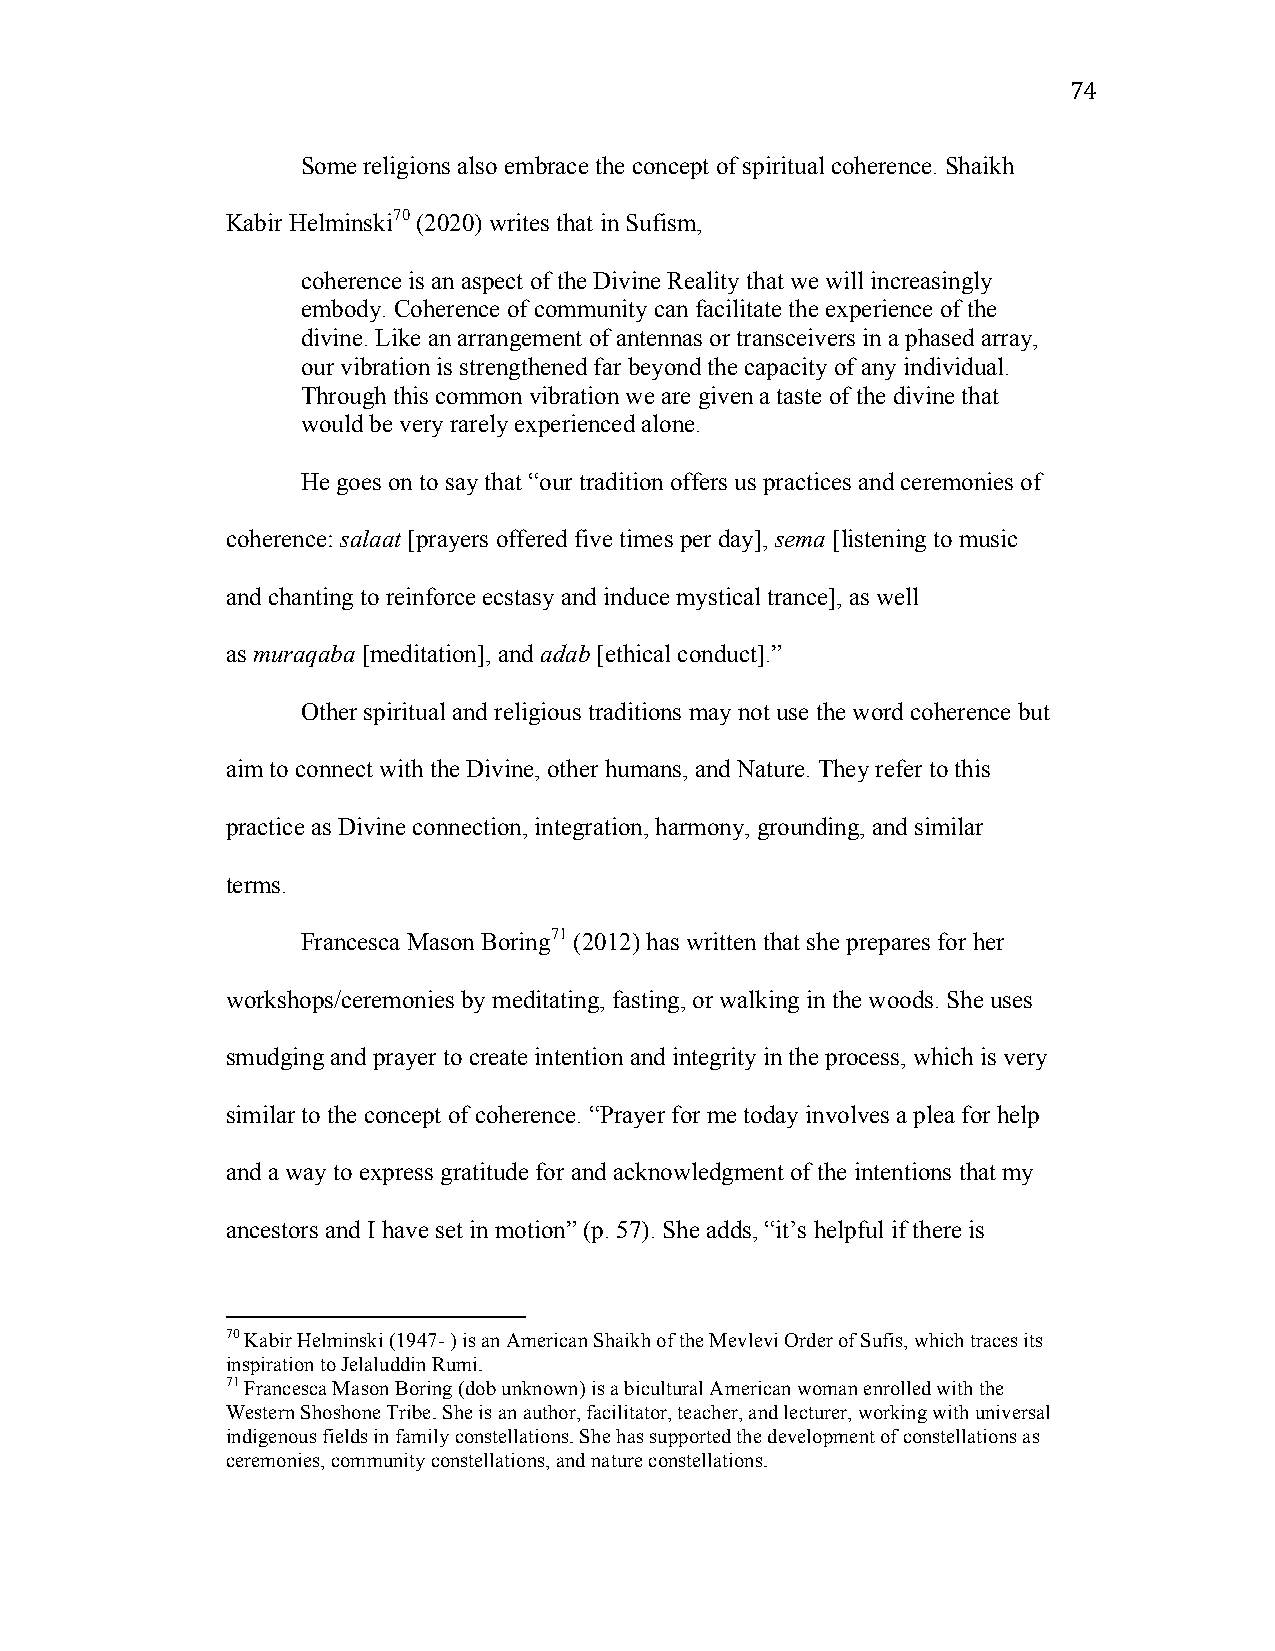
74
 Some religions also embrace the concept of spiritual coherence. Shaikh
 Kabir Helminski70 (2020) writes that in Sufism,
 coherence is an aspect of the Divine Reality that we will increasingly
 embody. Coherence of community can facilitate the experience of the
 divine. Like an arrangement of antennas or transceivers in a phased array,
 our vibration is strengthened far beyond the capacity of any individual.
 Through this common vibration we are given a taste of the divine that
 would be very rarely experienced alone.
 He goes on to say that “our tradition offers us practices and ceremonies of
 coherence: salaat [prayers offered five times per day], sema [listening to music
 and chanting to reinforce ecstasy and induce mystical trance], as well
 as muraqaba [meditation], and adab [ethical conduct].”
 Other spiritual and religious traditions may not use the word coherence but
 aim to connect with the Divine, other humans, and Nature. They refer to this
 practice as Divine connection, integration, harmony, grounding, and similar
 terms.
 Francesca Mason Boring71 (2012) has written that she prepares for her
 workshops/ceremonies by meditating, fasting, or walking in the woods. She uses
 smudging and prayer to create intention and integrity in the process, which is very
 similar to the concept of coherence. “Prayer for me today involves a plea for help
 and a way to express gratitude for and acknowledgment of the intentions that my
 ancestors and I have set in motion” (p. 57). She adds, “it’s helpful if there is
 70 Kabir Helminski (1947- ) is an American Shaikh of the Mevlevi Order of Sufis, which traces its
 inspiration to Jelaluddin Rumi.
 71 Francesca Mason Boring (dob unknown) is a bicultural American woman enrolled with the
 Western Shoshone Tribe. She is an author, facilitator, teacher, and lecturer, working with universal
 indigenous fields in family constellations. She has supported the development of constellations as
 ceremonies, community constellations, and nature constellations.